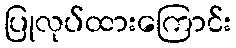
ပြုလုပ်ထားကြောင်း